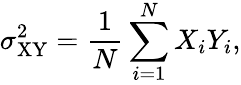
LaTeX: \sigma_{\mathrm{XY}}^{2}=\frac{1}{N}\sum_{i=1}^{N}X_{i}Y_{i},